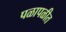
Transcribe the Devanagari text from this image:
पळापळीत